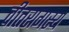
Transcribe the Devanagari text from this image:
वीतरागस्य